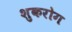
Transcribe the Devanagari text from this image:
शुकरोग